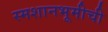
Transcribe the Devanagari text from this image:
स्मशानभूमीची